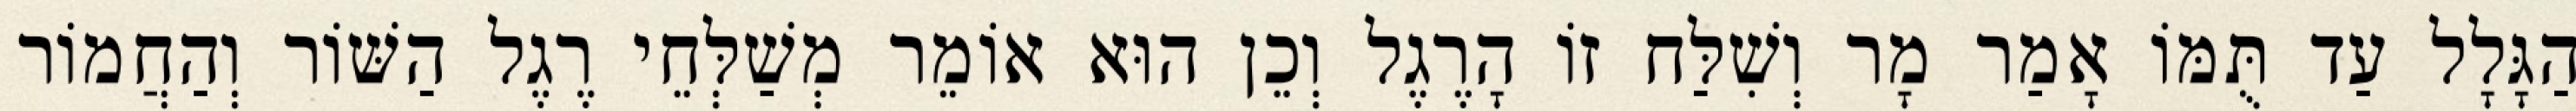
הַגָּלָל עַד תֻּמּוֹ אָמַר מָר וְשִׁלַּח זוֹ הָרֶגֶל וְכֵן הוּא אוֹמֵר מְשַׁלְּחֵי רֶגֶל הַשּׁוֹר וְהַחֲמוֹר